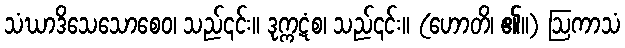
သံဃာဒိသေသောစေဝ၊ သည်၎င်း။ ဒုက္ကဋံစ၊ သည်၎င်း။ (ဟောတိ၊ ၏။) ဩကာသံ